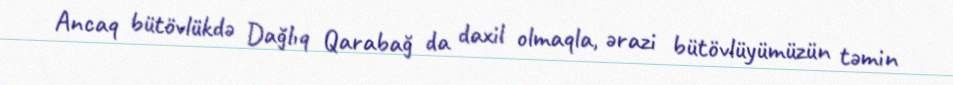
Ancaq bütövlükdə Dağlıq Qarabağ da daxil olmaqla, ərazi bütövlüyümüzün təmin